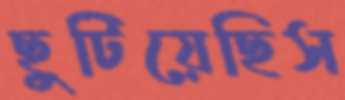
ছুটিয়েছিস